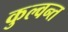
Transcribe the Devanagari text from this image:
कुल्वन्त